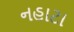
નહાટા